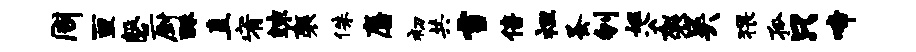
周亘磬厨酥直宥竦袈侏麋初共雪倍袒蚤刎媪公袈吴猥孤只啼